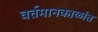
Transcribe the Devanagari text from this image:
वर्तमानकाळांत